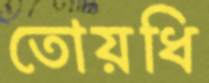
তোয়ধি